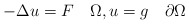
\begin{align*}-\Delta u = F \quad\Omega ,u=g\quad\partial\Omega\end{align*}